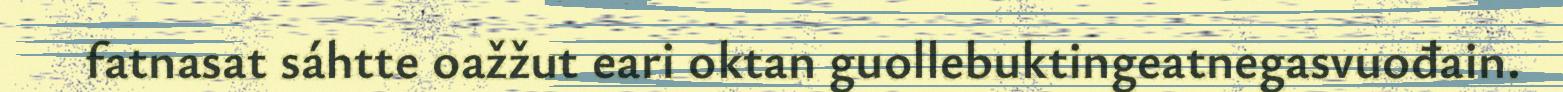
fatnasat sáhtte oažžut eari oktan guollebuktingeatnegasvuođain.